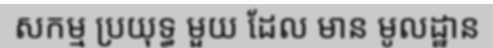
សកម្ម ប្រយុទ្ធ មួយ ដែល មាន មូលដ្ឋាន